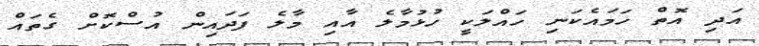
އަދި އޮތް ހަމައެކަނި ހައްލަކީ ހުޅުމާލެ އާއި މާލެ ފަދައިން އުސްކޮށް ގެތައް